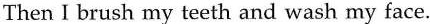
Then I brush my teeth and wash my face.